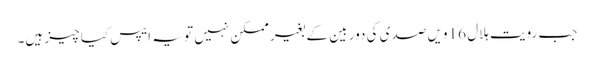
جب رویت ہلال 16 ویں صدی کی دور بین کے بغیر ممکن نہیں تو یہ ایپس کیا چیز ہیں۔